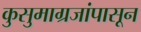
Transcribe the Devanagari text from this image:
कुसुमाग्रजांपासून